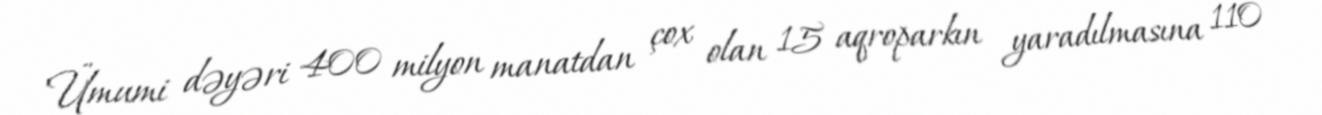
Ümumi dəyəri 400 milyon manatdan çox olan 15 aqroparkın yaradılmasına 110